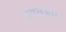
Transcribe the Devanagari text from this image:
स्वतंत्र्ता